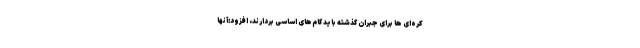
کره‌ای ها برای جبران گذشته باید گام‌های اساسی بردارند، افزود:آنها